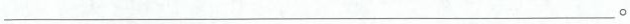
___。